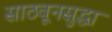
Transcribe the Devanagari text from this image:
साठवूनसुद्धा